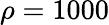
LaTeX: \rho=1000